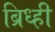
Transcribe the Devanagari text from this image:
ब्रिध्ही